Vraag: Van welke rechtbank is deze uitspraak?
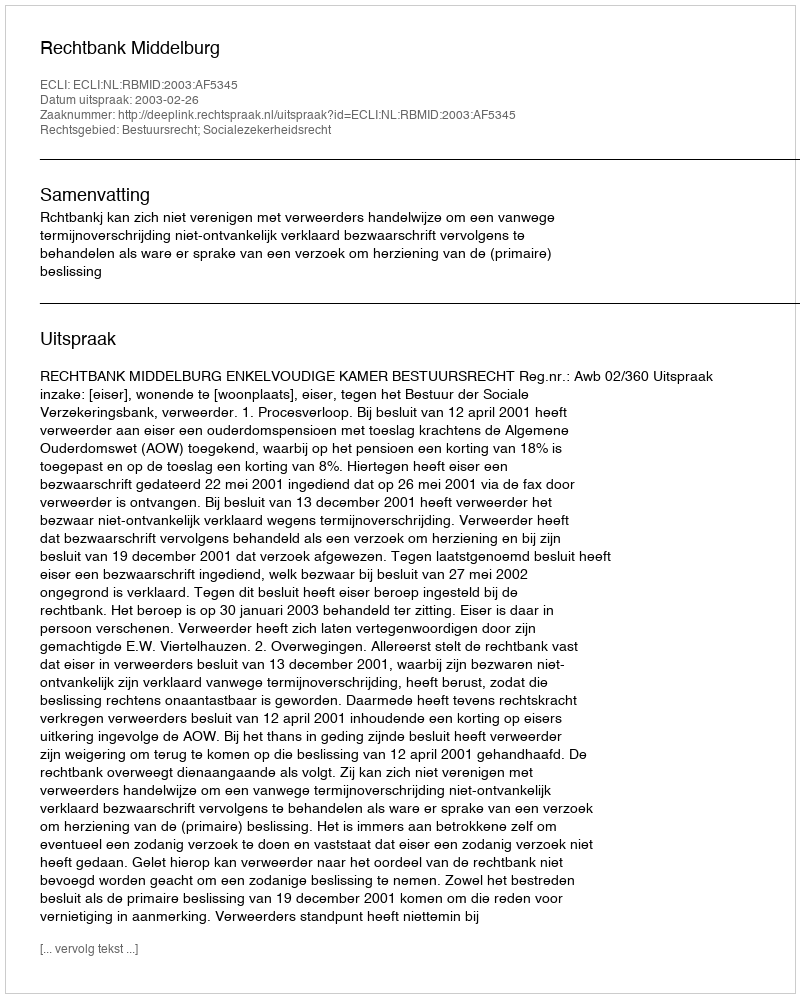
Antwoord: Rechtbank Middelburg